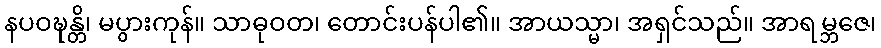
နပဝဍ္ဎန္တိ၊ မပွားကုန်။ သာဓုဝတ၊ တောင်းပန်ပါ၏။ အာယသ္မာ၊ အရှင်သည်။ အာရမ္ဘဇေ၊